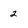
Character: 2